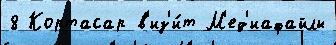
8 Кортасар в'из'и́т М'ед'иафайлы